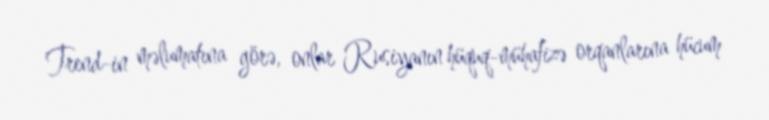
Trend-in məlumatına görə, onlar Rusiyanın hüquq-mühafizə orqanlarına hücum